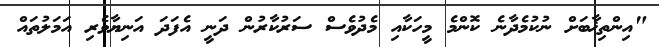
"އިންތިޚާބަށް ނުކުމެދާނެ ކޮންމެ މީހަކާއި މެދުވެސް ސަރުކާރުން ދަނީ އެފަދަ އަނިޔާވެރި އަމަލުތައް